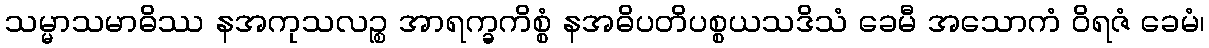
သမ္မာသမာဓိဿ နအကုသလဉ္စ အာရက္ခကိစ္စံ နအဓိပတိပစ္စယသဒိသံ ခေမီ အသောကံ ဝိရဇံ ခေမံ၊